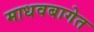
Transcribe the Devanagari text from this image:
माधवबागेत